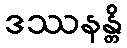
ဒဿနန္တိ